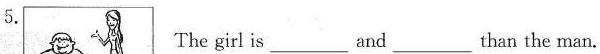
5.The girl is___ and ___ than the man.